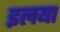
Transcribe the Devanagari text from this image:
इलया